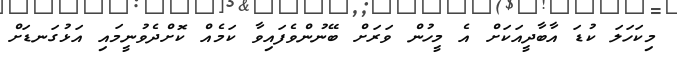
މިކަހަލަ ކުޑަ އާބާދީއަކަށް އެ މީހުން ވަރަށް ބޭނުންވެފައިވާ ކަމެއް ކޮށްދެވުނީމައި އަޅުގަނޑަށް